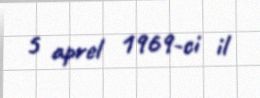
5 aprel 1969-ci il